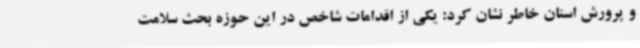
و پرورش استان خاطر نشان کرد: یکی از اقدامات شاخص در این حوزه بحث سلامت